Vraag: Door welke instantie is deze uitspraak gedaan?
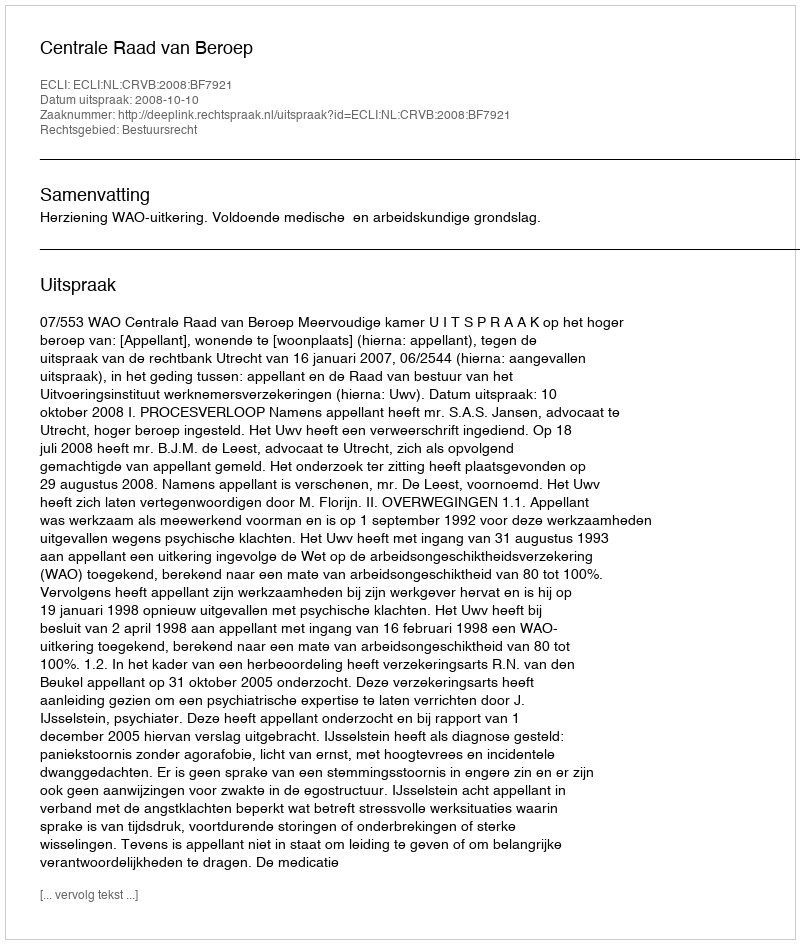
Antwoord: Centrale Raad van Beroep